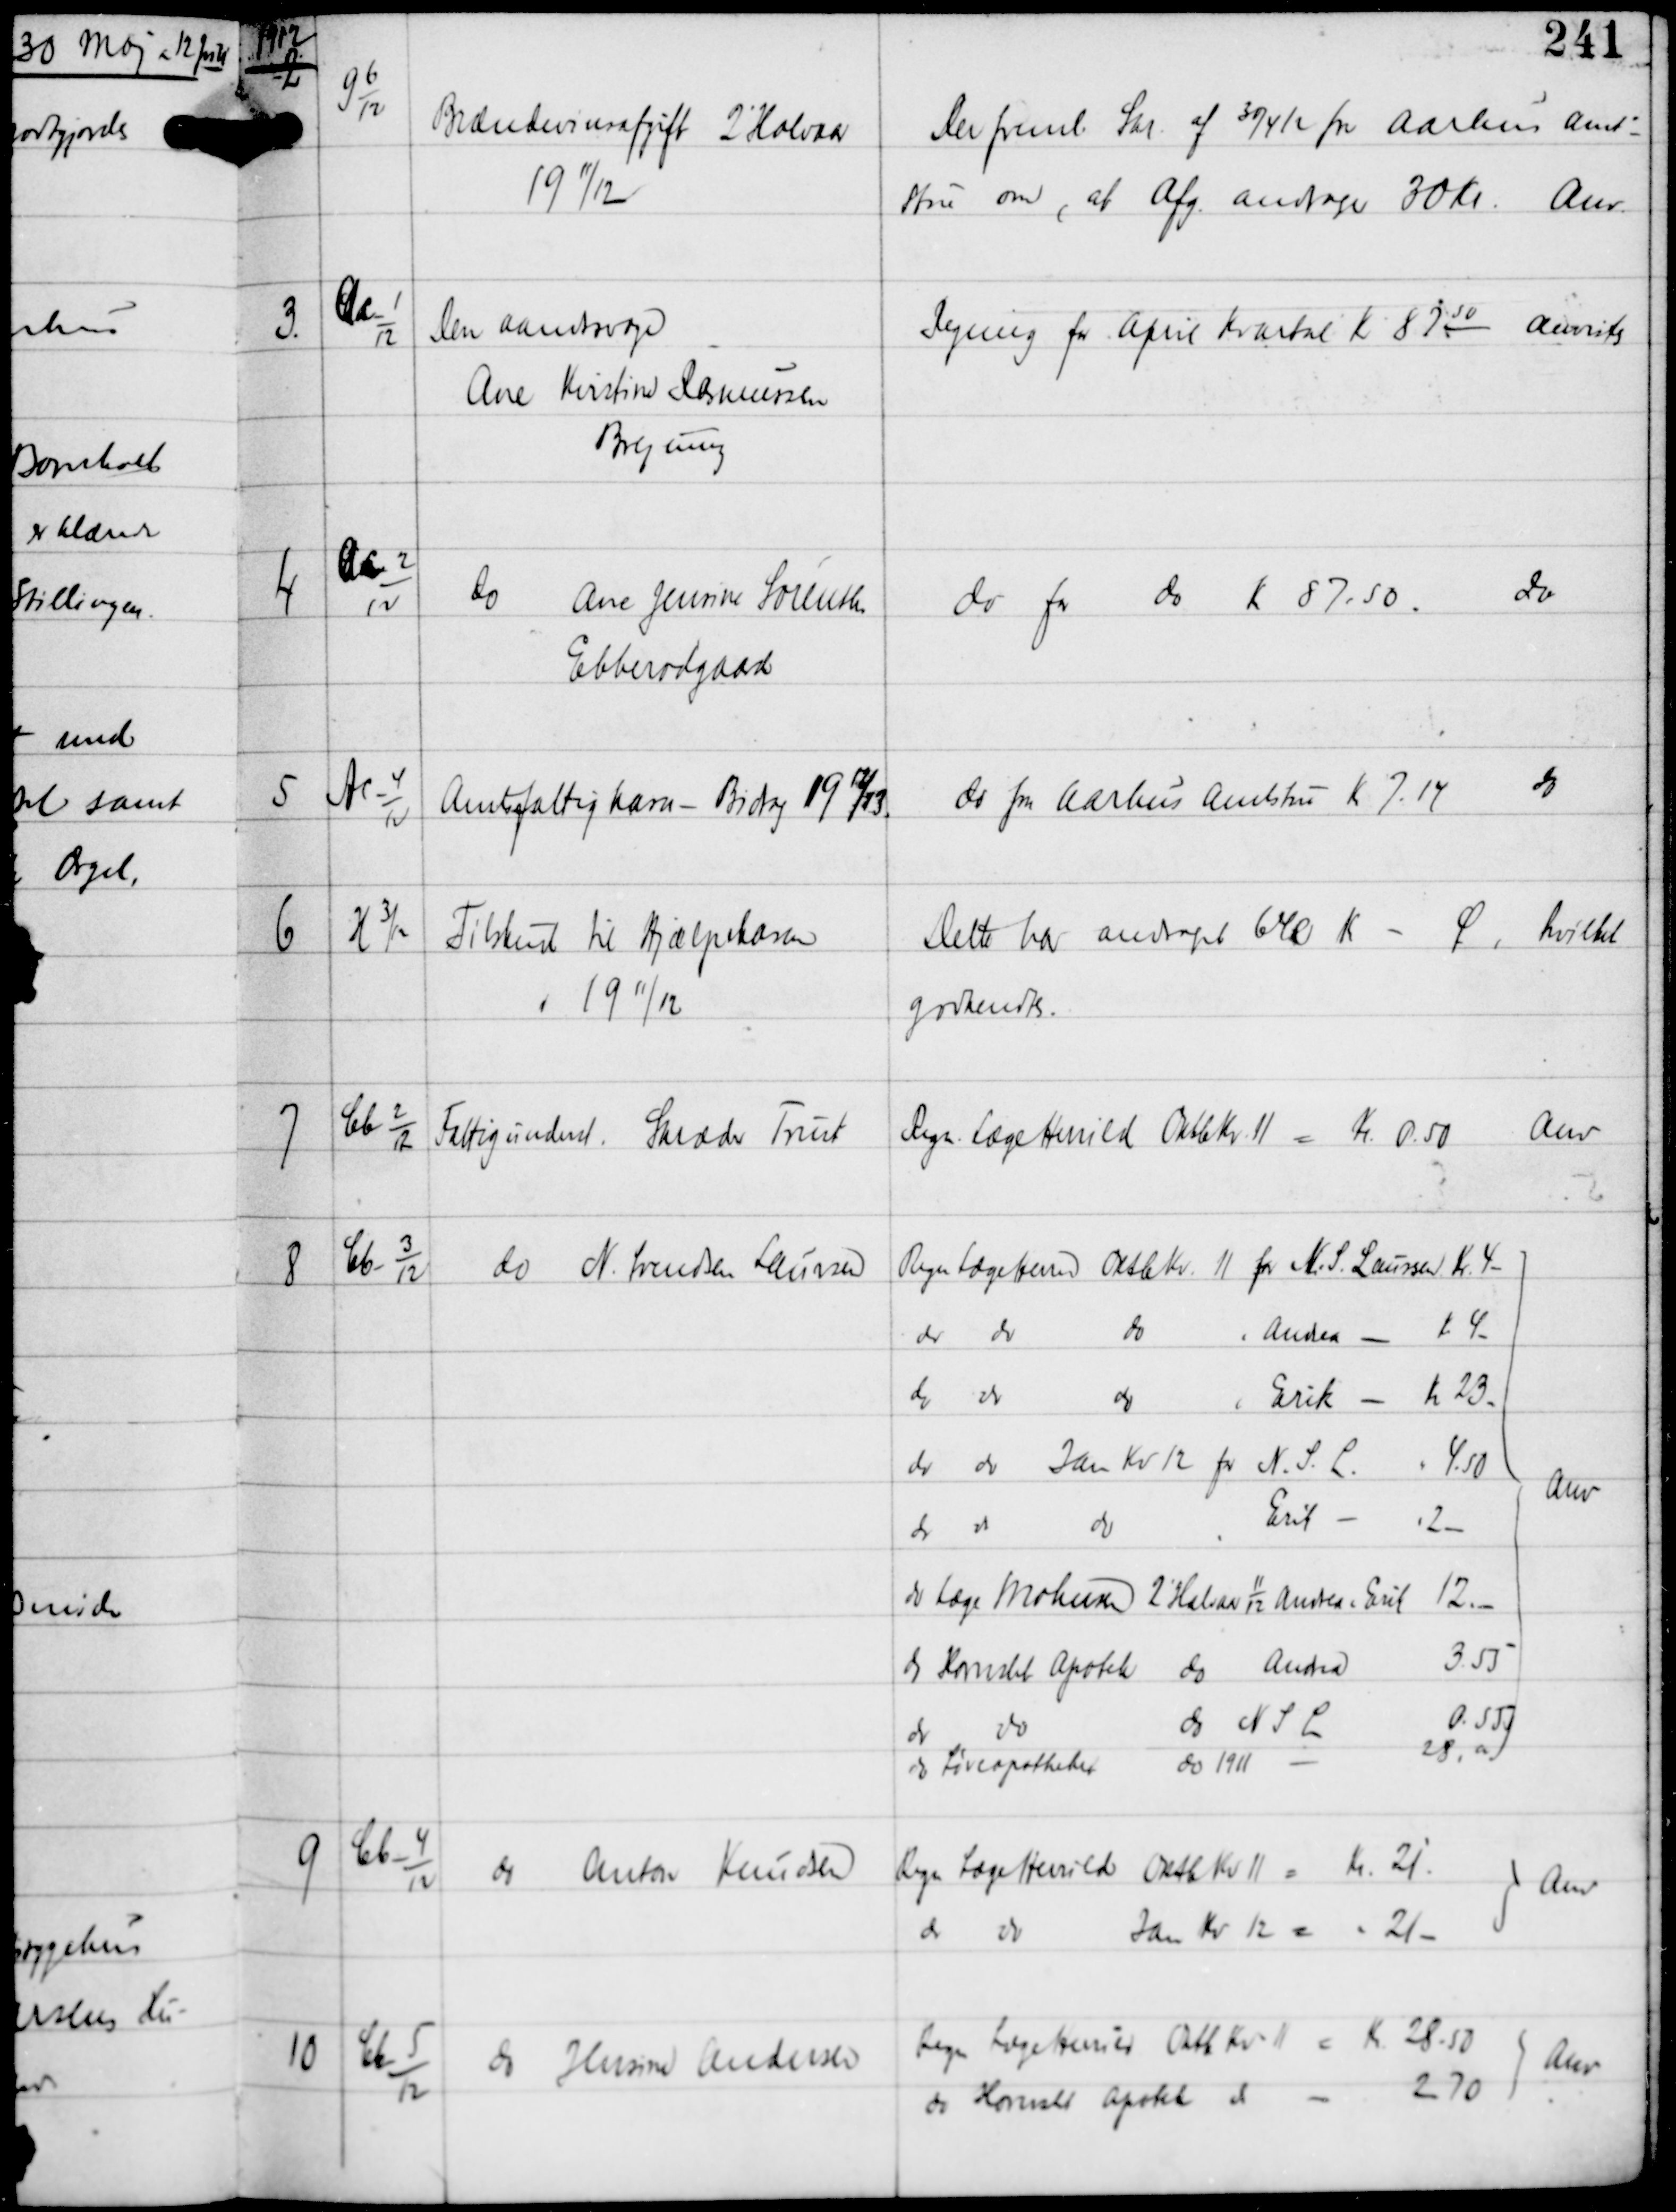
Transskription:
1912

2

G 6
12

Brændevinsafgift 2' Halvaar
19 11/12

Der freml Skr af 30/4 12 fra Aarhus Amt
stue om, at Afg andrager 30 Kr.
Anv.

3

Ac-1
12

Den aandsvage
Ane Kirstine Rasmussen
Brejning

Regning for April Kvartal Kr 8750.
Anvistes.

4

Ac-2
12

Do
Ane Jensine Sørensen
Ebberødgaard

do for do Kr 87.50
do

5

Ac-4
12

Amtsfattigkasse-Bidrag 1912/13.

do fra Aarhus Amtstue Kr 7.14
do

6

H 3/12

Tilskud til Hjælpekassen
1 1911/12

Dette har andraget 640 Kr - Ø hvilket
godkendtes.

7

Cb-2
12

Fattigunderst Skræder Trust

Regn Læge Herrild Oktbr Kv 11 = Kr 0.50
Anv

8

Cb-3
12

do N Svendsen Laursen

9

Cb-4
12

do Anton Knudsen

Regn Læge Herrild Oktb Kv 11 = Kr 21.
do do Jan Kv 12 = " 21.-

Anv

10

Cb-5
12

do Hasine Andersen

Regn Læge Herrild Oktb Kv 11 = Kr 28.50
do Hornslet Apotek do = 2.70

Anv